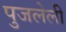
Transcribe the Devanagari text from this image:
पुजलेली